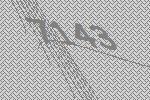
7143